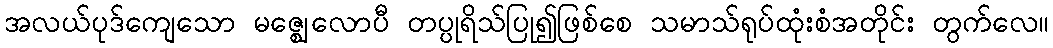
အလယ်ပုဒ်ကျေသော မဇ္ဈေလောပီ တပ္ပုရိသ်ပြု၍ဖြစ်စေ သမာသ်ရုပ်ထုံးစံအတိုင်း တွက်လေ။